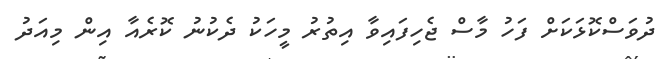
ދުވަސްކޮޅަކަށް ފަހު މާސް ޖެހިފައިވާ އިތުރު މީހަކު ދެކުނު ކޮރެއާ އިން މިއަދު